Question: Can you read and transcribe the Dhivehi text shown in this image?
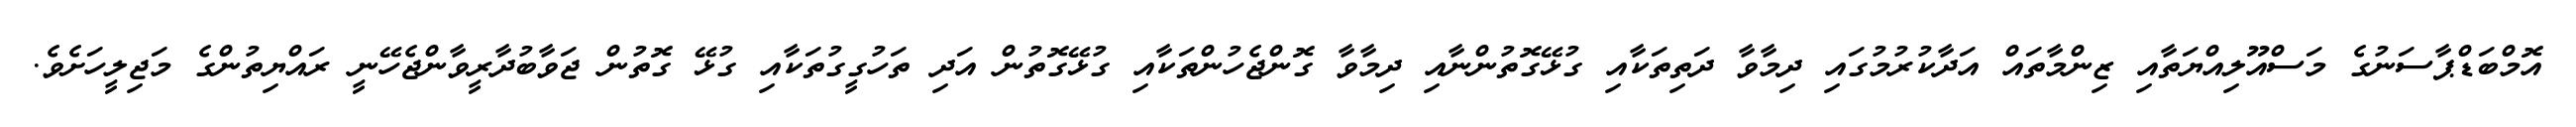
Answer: އޮމްބަޑްޕާސަނުގެ މަސްއޫލިއްޔަތާއި ޒިންމާތައް އަދާކުރުމުގައި ދިމާވާ ދަތިތަކާއި ގުޅޭގޮތުންނާއި ދިމާވާ ގޮންޖެހުންތަކާއި ގުޅޭގޮތުން އަދި ތަހުގީގުތަކާއި ގުޅޭ ގޮތުން ޖަވާބުދާރީވާންޖެހޭނީ ރައްޔިތުންގެ މަޖިލީހަށެވެ.